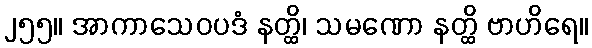
၂၅၅။ အာကာသေဝပဒံ နတ္ထိ၊ သမဏော နတ္ထိ ဗာဟိရေ။